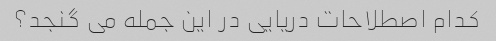
کدام اصطلاحات دریایی در این جمله می گنجد؟